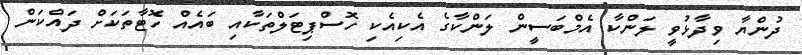
ދުންޔާ ވިދާޅުވީ ލަންކާ އެމްބަސީން ލަންކާގެ އެކިއެކި ހޮސްޕިޓަލްތަކާއި ބައެއް ހޮޓާތަކަށް ދައްކަން